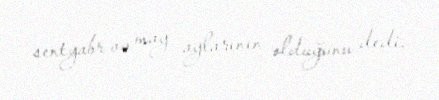
sentyabr və may aylarının olduğunu dedi.